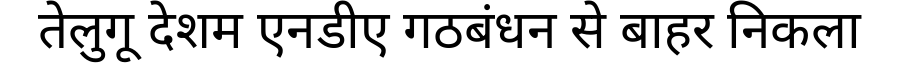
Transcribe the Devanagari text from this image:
तेलुगू देशम एनडीए गठबंधन से बाहर निकला